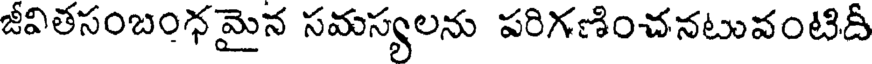
జీవితసంబంధమైన సమస్యలను పరిగణించనటువంటిదీ